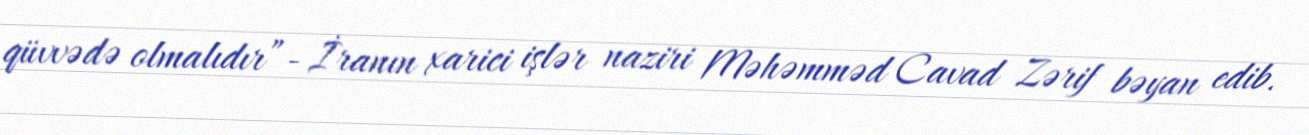
qüvvədə olmalıdır”- İranın xarici işlər naziri Məhəmməd Cavad Zərif bəyan edib.